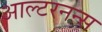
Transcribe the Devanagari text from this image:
आल्टरनन्स